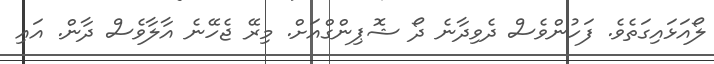
ލޯއަޅައިގަތެވެ. ފަހުންވެސް ދެވިދާނެ ދޯ ޝޮޕިންގްއަށް. މިރޭ ޖެހޭނެ އާލާވެސް ދާން. އައި